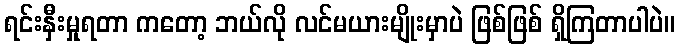
ရင်းနှီးမှုရတာ ကတော့ ဘယ်လို လင်မယားမျိုးမှာပဲ ဖြစ်ဖြစ် ရှိကြတာပါပဲ။